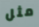
مثل